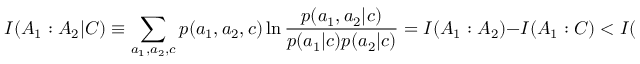
I ( A _ { 1 } : A _ { 2 } | C ) \equiv \sum _ { a _ { 1 } , a _ { 2 } , c } p ( a _ { 1 } , a _ { 2 } , c ) \ln \frac { p ( a _ { 1 } , a _ { 2 } | c ) } { p ( a _ { 1 } | c ) p ( a _ { 2 } | c ) } = I ( A _ { 1 } : A _ { 2 } ) - I ( A _ { 1 } : C ) < I ( A _ { 1 } : A _ { 2 } ) ,